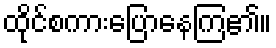
ထိုင်စကားပြောနေကြ၏။